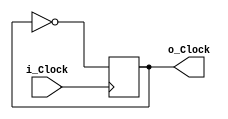
module Clock_Div //Divides Clock by half. I.e 50 MHz Clock will turn into 25 MHz clock.
(
	input i_Clock,
	output o_Clock
);


reg r_Clock = 0;

always @(posedge i_Clock)
	begin
		r_Clock <= ~r_Clock;
	end

assign o_Clock = r_Clock;

endmodule